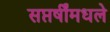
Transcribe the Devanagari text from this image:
सप्तर्षींमधले